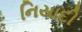
નિયાદી